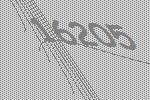
16205